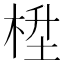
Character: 𪲙